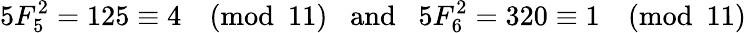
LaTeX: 5F_{5}^{2}=125\equiv 4{\pmod{11}}\; \; {\mathrm{~and~}}\; \; 5F_{6}^{2}=320\equiv 1{\pmod{11}}